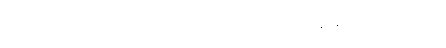
အရင်ဆုံး ခင်ဗျားရဲ့ တစ်လစာအသုံးစရိတ်ကို တစ်ခုမကျန် ချမှတ်ထားကြည့်ပါ။